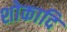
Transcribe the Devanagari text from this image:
शोकादि